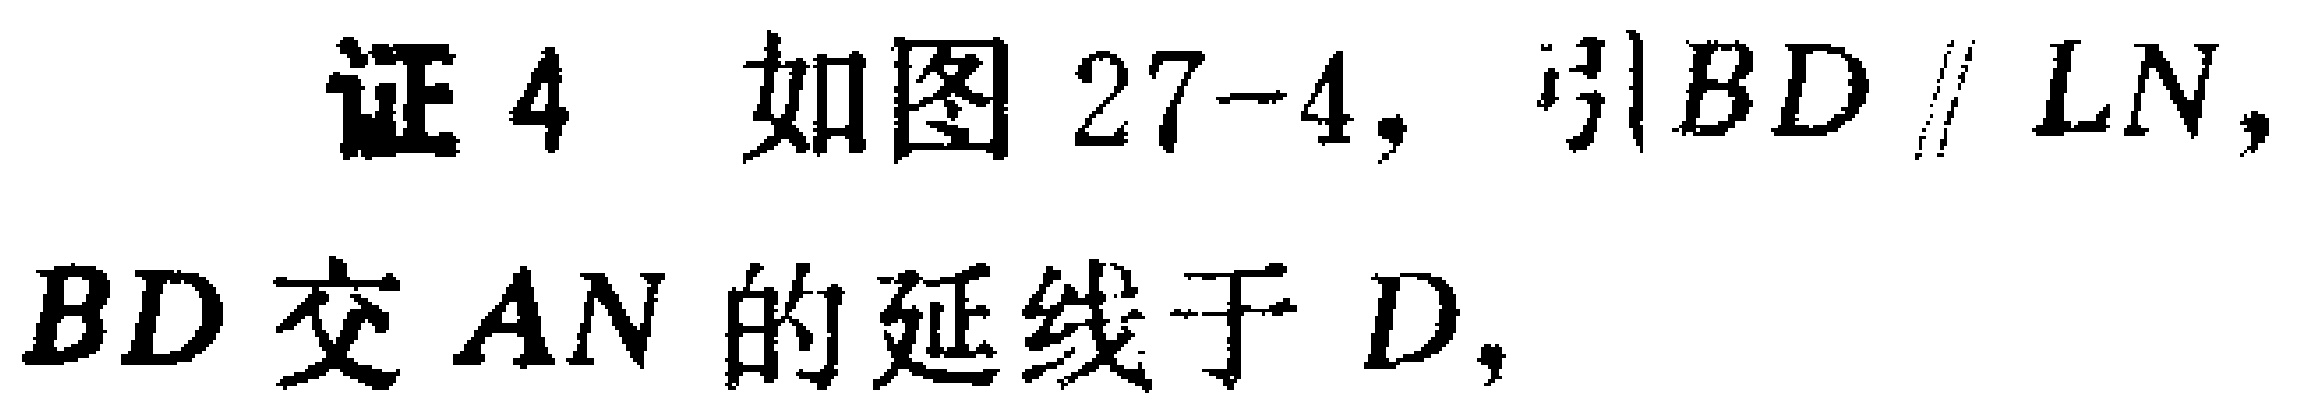
证4 如图27-4，引$BD \parallel LN$，$BD$交$AN$的延长线于$D$，